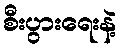
စီးပွားရေးနဲ့